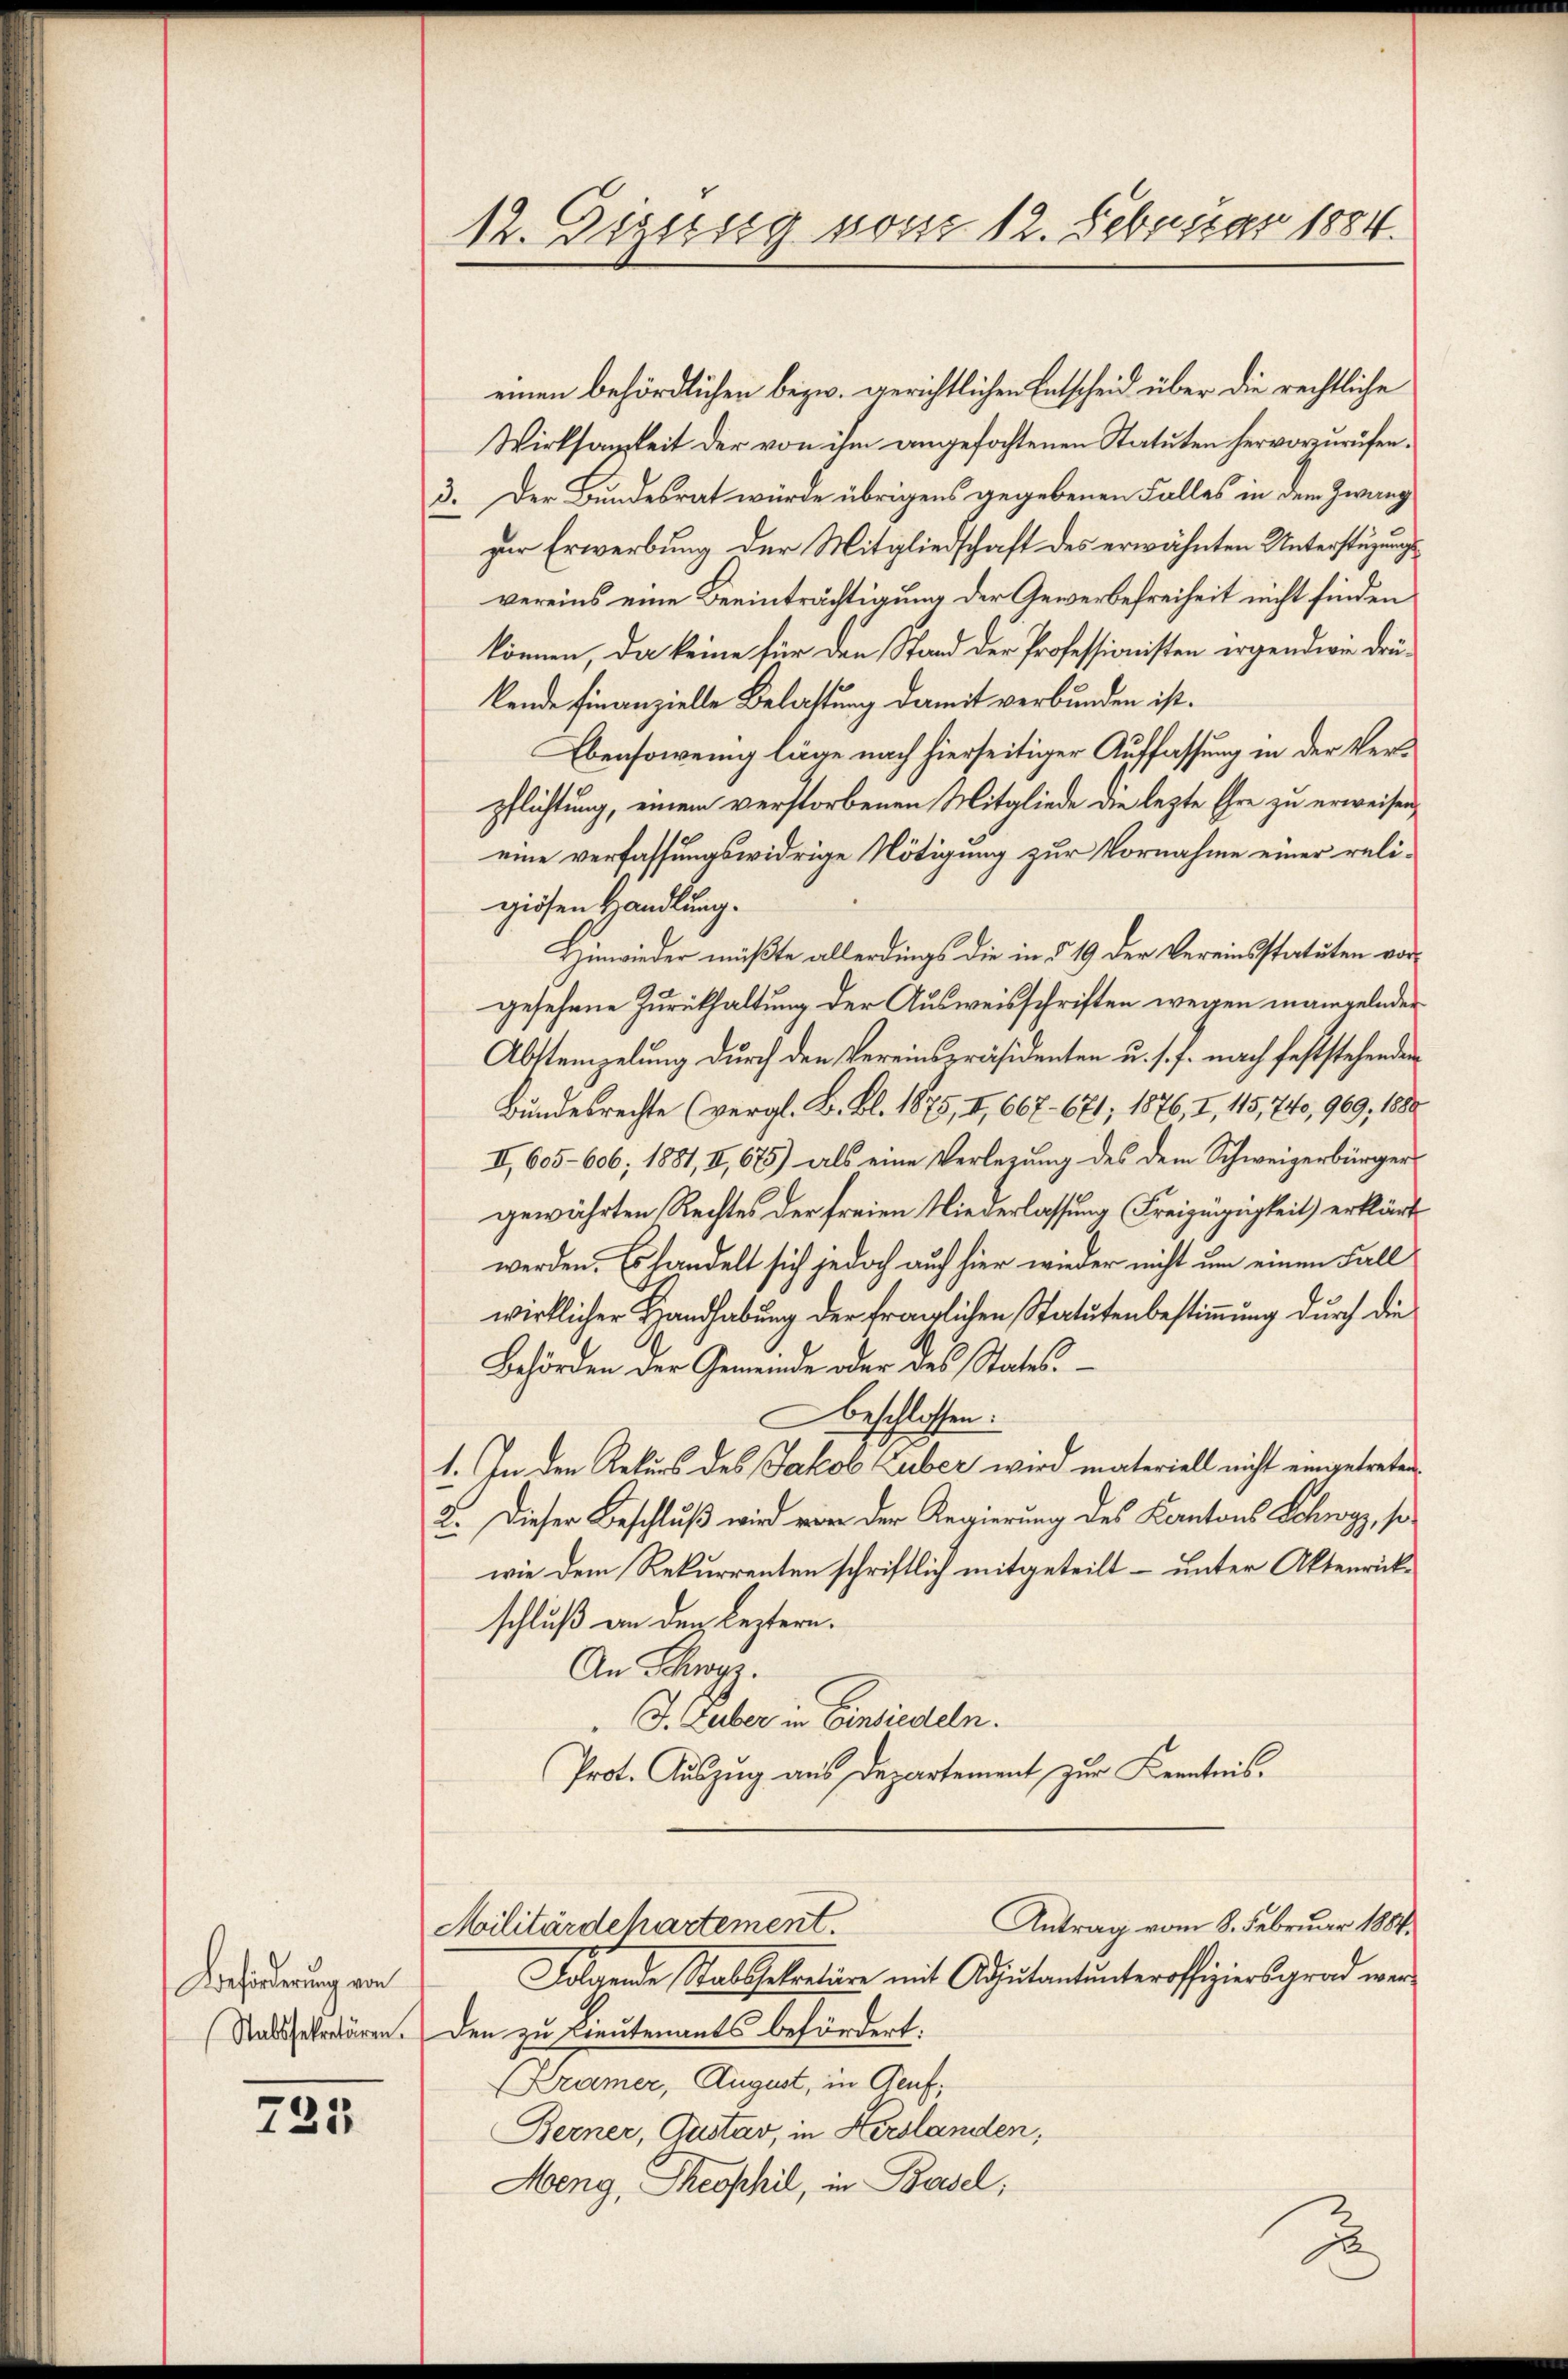
Beförderung von
Stalssekretären.

723

12. Digusig vom 12. Februar 1884.

einen behördlichen bezw. gerichtlichen Entscheid über die rechtliche
Wirksamkeit der von ihm angefochtenen Statuten hervorzurufen.
3. Der Bundesrat wurde übrigens gegebenen Falles in dem Zwang
zur Erwerbung der Mitgliedschaft des erwähnten Unterstüzungsvereins eine Beeinträchtigung der Gewerbefreiheit nicht finden
können, da keine für den Stand der Professionisten irgendwie drükende finanzielle Belastung damit verbunden ist.
Ebensowenig läge nach hierseitiger Auffassung in der Verpflichtung, einem verstorbenen Mitgliede die lezte Ehre zu erweisen,
eine verfassungswidrige Nötigung zur Vornahme einer religiösen Handlung.
Hinwieder müßte allerdings die in § 19 der Vereinsstatuten vorgesehene Zurückhaltung der Ausweisschriften wegen mangelnder
Abstempelung durch den Vereinspräsidenten u. s. f. nach feststehenden
Bundesrechte (vergl. B. Bl. 1875, I, 667. 671, 1876, I, 115, 74, 969, 1880
II., 605-606; 1881, II, 675) als eine Verlegung des dem Schweizerbürgergewährten Rechtes der freien Niederlassung Freizügigkeit) erklärt
werden. Es handelt sich jedoch auf hier wieder nicht um einen Fall
wirklicher Handhabung der fraglichen Statutenbestimmung durch die
Behörden der Gemeinde oder des States.
beschlossen:
1. In den Rekurs des Jakob Luber wird materiell nicht eingetreten
2. Dieser Beschluß wird vor der Regierung des Kantons Schwyz, sowie dem Rekurrenten schriftlich mitgeteilt – unter Aktenrickschluß an dem leztern.
An Schwyz.
 J. Guber in Einsiedeln.
Prot. Auszug aus Departement zur Kenntnis.
Antrag vom 8. Februar 1884.
Militärdepartement.
Folgende Stabssekretäre mit Adjutantunteroffiziersgrad wer
den zu Lieutenants befördert.
Kramer, August, in Genf,
Berner, Gustav, in Hirslanden,
Meng, Theophil, in Basel,

2